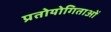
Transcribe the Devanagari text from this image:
प्रतोयोगिताओं